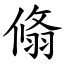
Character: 翛